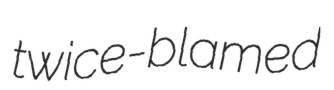
twice-blamed